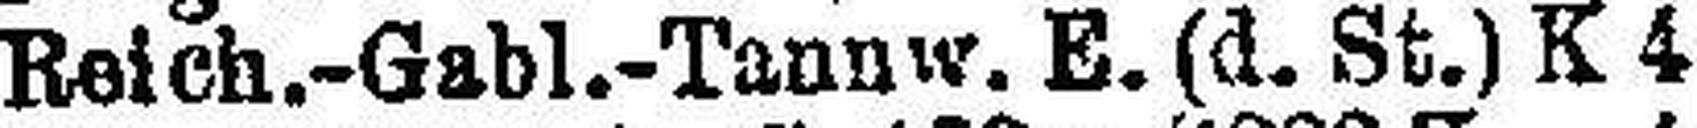
Reich.-Gabl.-Tannw. E. (d. St.) K 4